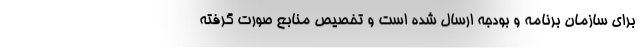
برای سازمان برنامه و بودجه ارسال شده است و تخصیص منابع صورت گرفته